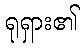
ရုရှား၏